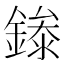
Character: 𬫾